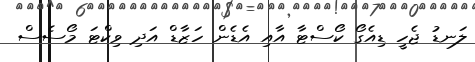
ލަނޑު ޖެހީ ޑިއެގޯ ކޯސްޓާ އާއި އެޑެން ހަޒާޑް އަދި ވިކްޓަ މޯސެސް